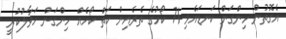
އެގޮތުން ހިންގަން ކަނޑައެޅި 71 ކޯހުގެ ތެރެއިން ހަތް ކޯހެއް ހިންގަން ހަވާލުކުރީ